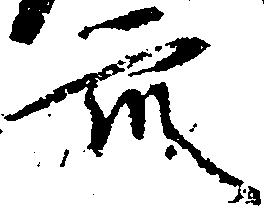
衆